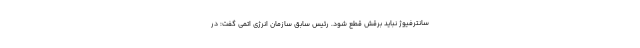
سانترفیوژ نباید برقش قطع شود. رئیس سابق سازمان انرژی اتمی گفت: در